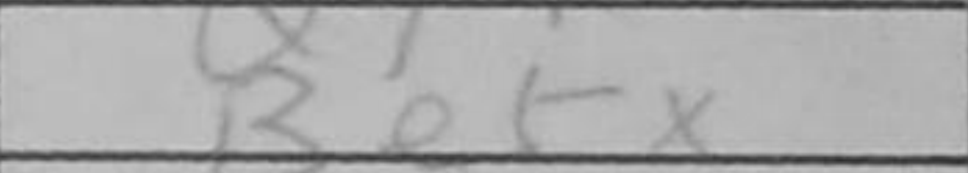
Transcription: Be5+